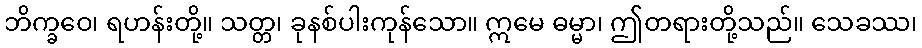
ဘိက္ခဝေ၊ ရဟန်းတို့။ သတ္တ၊ ခုနစ်ပါးကုန်သော။ ဣမေ ဓမ္မာ၊ ဤတရားတို့သည်။ သေခဿ၊